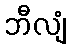
ဘီလျံ